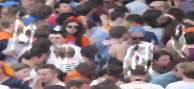
শিমগুলোও